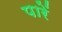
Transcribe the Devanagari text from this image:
पारें